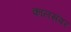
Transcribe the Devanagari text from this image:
कालसंवर